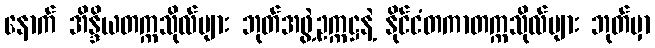
နောက် အိန္ဒိယတက္ကသိုလ်များ ဘုတ်အဖွဲ့ဥက္ကဋ္ဌနဲ့ နိုင်ငံတကာတက္ကသိုလ်များ ဘုတ်မှာ